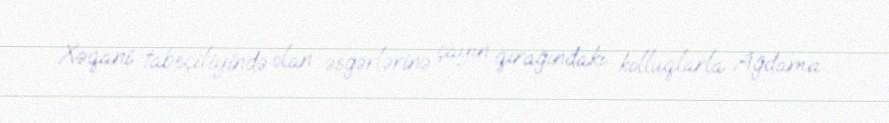
Xəqani tabeçiliyində olan əsgərlərinə çayın qırağındakı kolluqlarla Ağdama